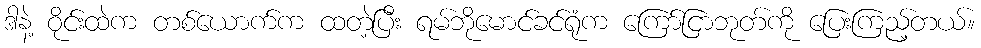
ဒါနဲ့ ဝိုင်းထဲက တစ်ယောက်က ထတဲ့ပြီး ရမ်ဘိုမောင်ခင်ရုံက ကြော်ငြာဘုတ်ကို ပြေးကြည့်တယ်။